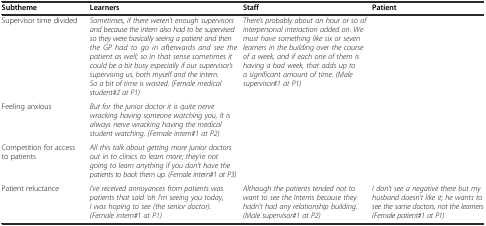
| Subtheme | Learners | Staff | Patient |
 | --- | --- | --- | --- |
 | Supervisor time divided | Sometimes, if there weren’t enough supervisors and because the intern also had to be supervised so they were basically seeing a patient and then the GP had to go in afterwards and see the patient as well; so in that sense sometimes it could be a bit busy especially if our supervisor’s supervising us, both myself and the intern. So a bit of time is wasted. (Female medical student#2 at P1) | There’s probably about an hour or so of interpersonal interaction added on. We must have something like six or seven learners in the building over the course of a week, and if each one of them is having a bad week, that adds up to a significant amount of time. (Male supervisor#1 at P1) |  |
 | Feeling anxious | But for the junior doctor it is quite nerve wracking having someone watching you, It is always nerve wracking having the medical student watching. (Female intern#1 at P2) |  |  |
 | Competition for access to patients | All this talk about getting more junior doctors out in to clinics to learn more; they’re not going to learn anything if you don’t have the patients to back them up. (Female intern#1 at P3) |  |  |
 | Patient reluctance | I’ve received annoyances from patients was patients that said ‘oh I’m seeing you today, I was hoping to see (the senior doctor). (Female intern#1 at P1) | Although the patients tended not to want to see the Interns because they hadn’t had any relationship building. (Male supervisor#1 at P2) | I don’t see a negative there but my husband doesn’t like it; he wants to see the same doctors, not the learners (Female patient#1 at P1) |